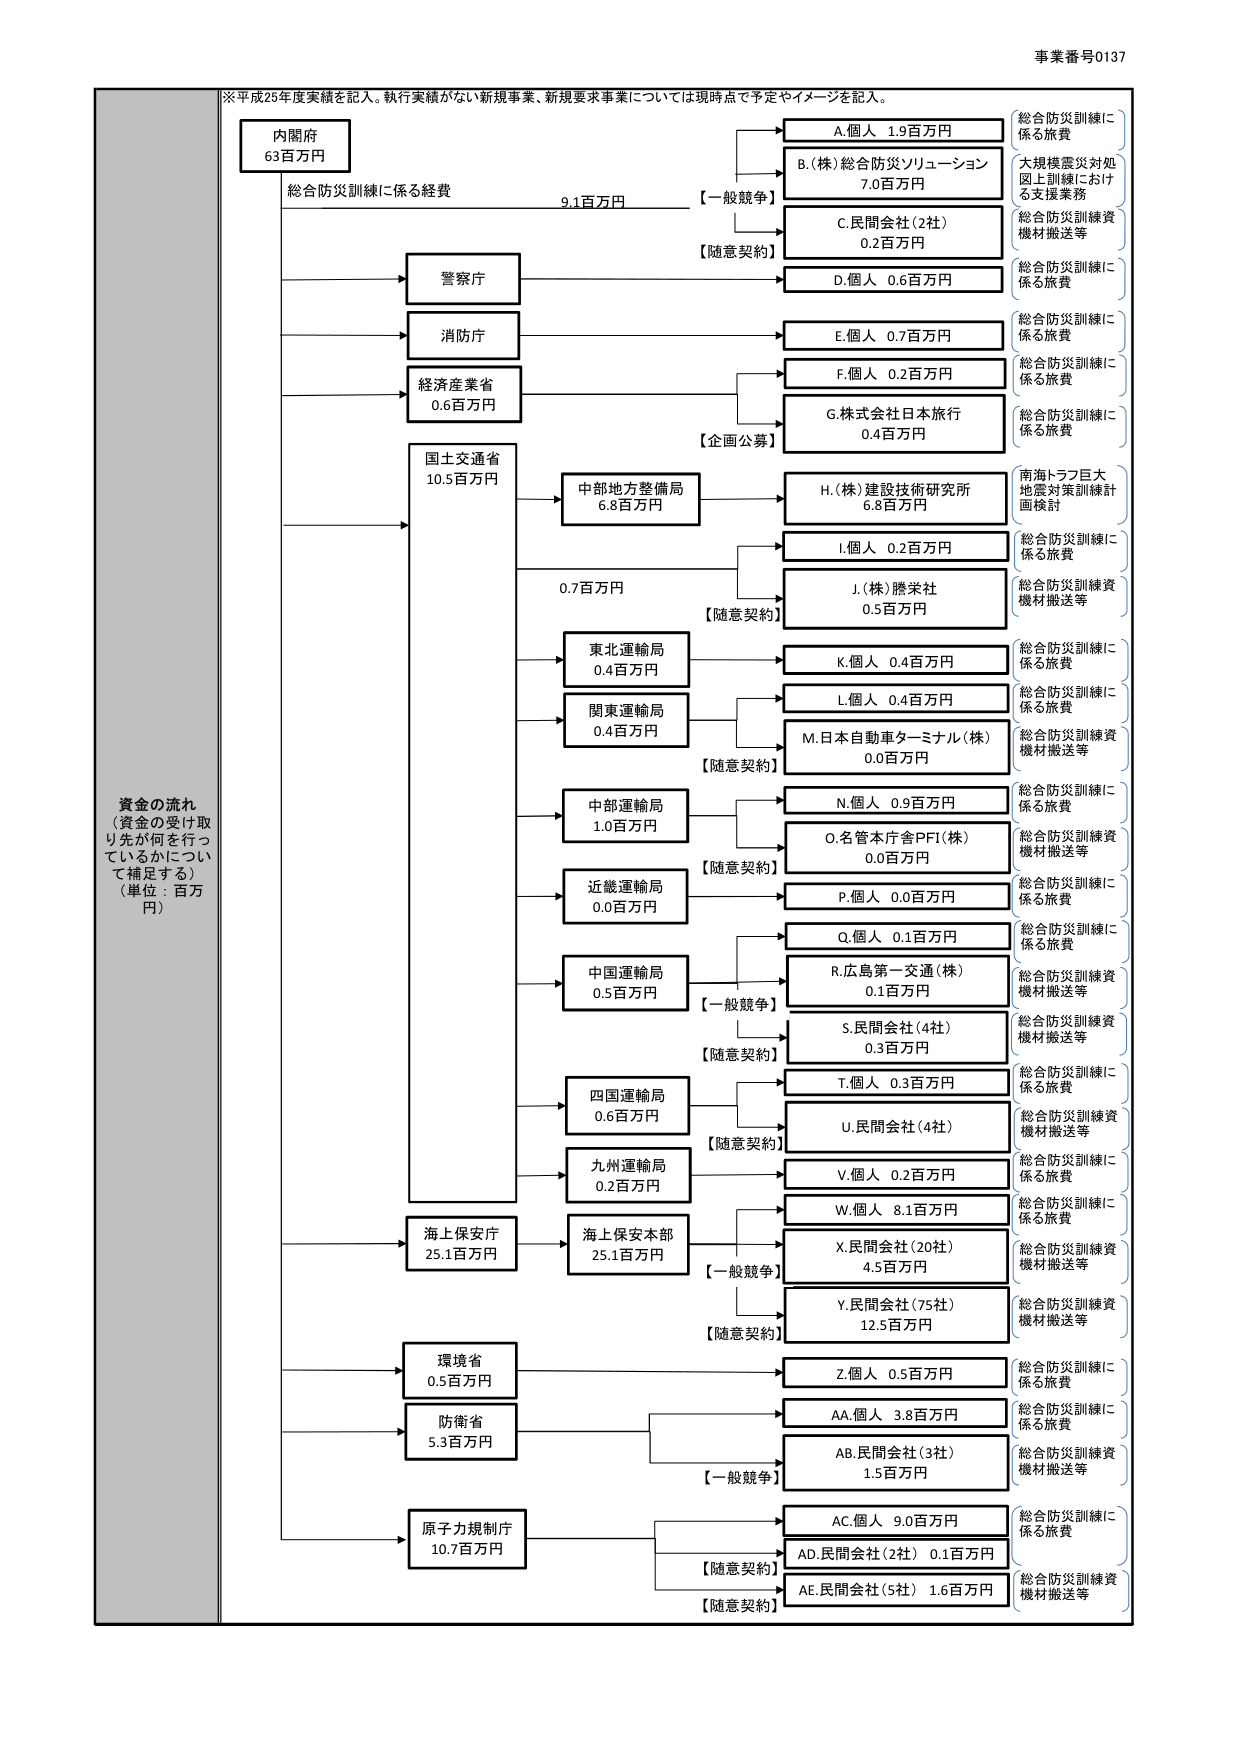
事業番号0137
※平成25年度実績を記入。執行実績がない新規事業、新規要求事業については現時点で予定やイメージを記入。

資金の流れ
（資金の受け取り先が何を行っているかについて補足する）
（単位：百万円）

内閣府
63百万円
総合防災訓練に係る経費
9.1百万円

警察庁
消防庁
経済産業省
0.6百万円
国土交通省
10.5百万円
中部地方整備局
6.8百万円
東北運輸局
0.4百万円
関東運輸局
0.4百万円
中部運輸局
1.0百万円
近畿運輸局
0.0百万円
中国運輸局
0.5百万円
四国運輸局
0.6百万円
九州運輸局
0.2百万円
海上保安庁
25.1百万円
海上保安本部
25.1百万円
環境省
0.5百万円
防衛省
5.3百万円
原子力規制庁
10.7百万円

A.個人 1.9百万円
B.(株)総合防災ソリューション 7.0百万円
C.民間会社（2社） 0.2百万円
D.個人 0.6百万円
E.個人 0.7百万円
F.個人 0.2百万円
G.株式会社日本旅行 0.4百万円
H.(株)建設技術研究所 6.8百万円
I.個人 0.2百万円
J.(株)勝栄社 0.5百万円
K.個人 0.4百万円
L.個人 0.4百万円
M.日本自動車ターミナル(株) 0.0百万円
N.個人 0.9百万円
O.名管本庁舎PFI(株) 0.0百万円
P.個人 0.0百万円
Q.個人 0.1百万円
R.広島第一交通(株) 0.1百万円
S.民間会社（4社） 0.3百万円
T.個人 0.3百万円
U.民間会社（4社）
V.個人 0.2百万円
W.個人 8.1百万円
X.民間会社（20社） 4.5百万円
Y.民間会社（75社） 12.5百万円
Z.個人 0.5百万円
AA.個人 3.8百万円
AB.民間会社（3社） 1.5百万円
AC.個人 9.0百万円
AD.民間会社（2社） 0.1百万円
AE.民間会社（5社） 1.6百万円

【一般競争】
【随意契約】
【企画公募】
【随意契約】
【随意契約】
【一般競争】
【随意契約】
【随意契約】
【一般競争】
【随意契約】
【一般競争】
【随意契約】
【随意契約】

総合防災訓練に係る旅費
大規模震災対処図上訓練における支援業務
総合防災訓練資機材搬送等
総合防災訓練に係る旅費
総合防災訓練に係る旅費
総合防災訓練に係る旅費
南海トラフ巨大地震対策訓練計画検討
総合防災訓練に係る旅費
総合防災訓練資機材搬送等
総合防災訓練に係る旅費
総合防災訓練に係る旅費
総合防災訓練資機材搬送等
総合防災訓練に係る旅費
総合防災訓練に係る旅費
総合防災訓練に係る旅費
総合防災訓練資機材搬送等
総合防災訓練資機材搬送等
総合防災訓練に係る旅費
総合防災訓練資機材搬送等
総合防災訓練に係る旅費
総合防災訓練に係る旅費
総合防災訓練資機材搬送等
総合防災訓練に係る旅費
総合防災訓練に係る旅費
総合防災訓練資機材搬送等
総合防災訓練に係る旅費
総合防災訓練資機材搬送等
総合防災訓練に係る旅費
総合防災訓練資機材搬送等